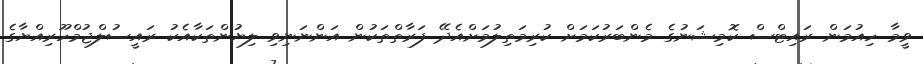
ވީމާ ހިއުމަން ރައިޓްސް ކޮމިޝަނުގެ މެންބަރުކަމަށް ކުރިމަތިލުމަށްއެދޭ ފަރާތްތަކުން އަންނަނިވި ލިޔުންތަކާއެކު ރައީސުލްޖުމްހޫރިއްޔާގެ